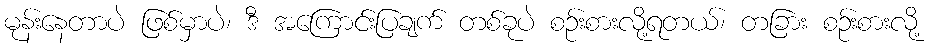
မုန်းနေတာပဲ ဖြစ်မှာပဲ၊ ဒီ အကြောင်းပြချက် တစ်ခုပဲ စဉ်းစားလို့ရတယ်၊ တခြား စဉ်းစားလို့